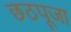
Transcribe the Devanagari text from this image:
छठपूजा